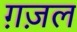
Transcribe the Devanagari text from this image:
ग़ज़्‍ाल